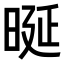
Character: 𣆴